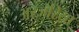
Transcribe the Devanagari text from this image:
अरजरिया